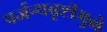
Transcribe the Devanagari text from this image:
पर्जन्यवृष्टीमुळे